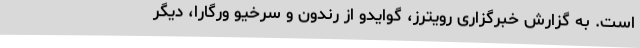
است. به گزارش خبرگزاری رویترز، گوایدو از رندون و سرخیو ورگارا، دیگر